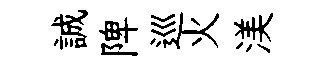
誠陴巡火渼